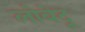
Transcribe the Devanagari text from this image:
लोबेदू